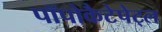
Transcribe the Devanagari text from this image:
पॉपोकैटेपेट्ल